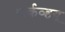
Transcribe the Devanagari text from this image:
पार्कव्हयू